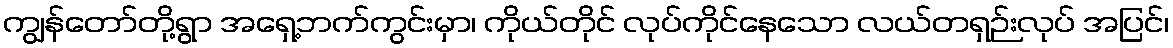
ကျွန်တော်တို့ရွာ အရှေ့ဘက်ကွင်းမှာ၊ ကိုယ်တိုင် လုပ်ကိုင်နေသော လယ်တရှဉ်းလုပ် အပြင်၊